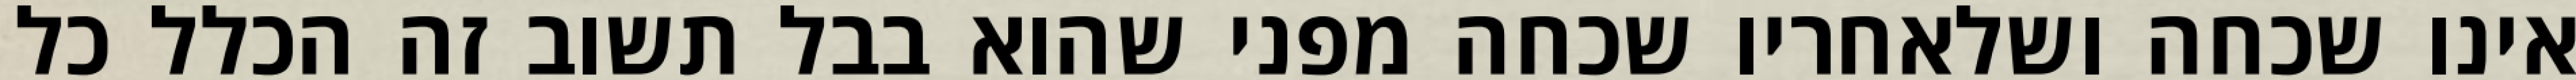
אינו שכחה ושלאחריו שכחה מפני שהוא בבל תשוב זה הכלל כל